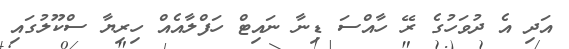
އަދި އެ ދުވަހުގެ ރޭ ހާއްސަ ޑިނާ ނައިޓް ހަފްލާއެއް ހިރިޔާ ސްކޫލުގައި